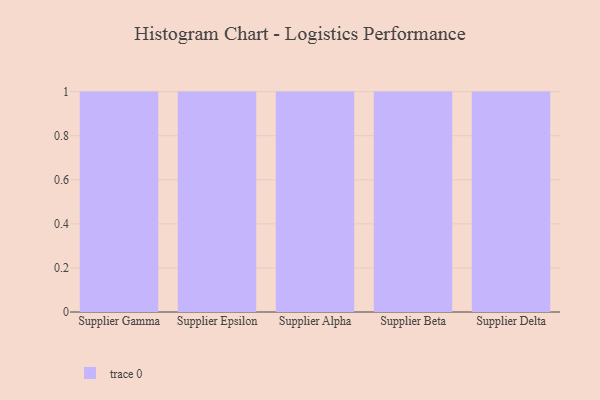
{"axis": {"x": "Supplier", "y": "Operating Costs (USD K)"}, "legend": [""], "data": [{"x": "Supplier Gamma", "y": 77, "type": ""}, {"x": "Supplier Epsilon", "y": 37, "type": ""}, {"x": "Supplier Alpha", "y": 40, "type": ""}, {"x": "Supplier Beta", "y": 2, "type": ""}, {"x": "Supplier Delta", "y": 41, "type": ""}]}